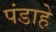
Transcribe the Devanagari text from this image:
पंडाहे